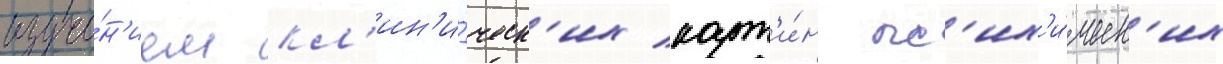
изуче́н'ием кл'ин'и́ческ'их карт'и́н пс'их'и́ческ'их